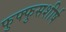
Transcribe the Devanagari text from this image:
फुफ्फुसशीर्ष